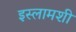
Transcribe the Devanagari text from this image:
इस्लामशी